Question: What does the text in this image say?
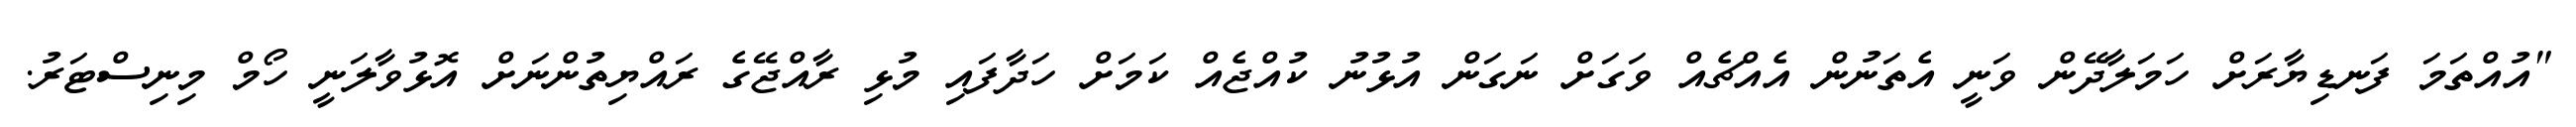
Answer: "އުއްތަމަ ފަނޑިޔާރަށް ހަމަލާދޭން ވަނީ އެތަނުން އެއްޗެއް ވަގަށް ނަގަން އުޅުނު ކުއްޖެއް ކަމަށް ހަދާފައި މުޅި ރާއްޖޭގެ ރައްޔިތުންނަށް އޮޅުވާލަނީ ހޯމް މިނިސްޓަރު.